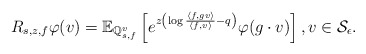
\begin{align*} R_{s,z,f} \varphi(v) = \mathbb{E}_{\mathbb{Q}_{s,f}^v} \left[ e^{ z \left( \log \frac{\langle f, g v \rangle}{\langle f, v \rangle} - q \right) } \varphi(g \cdot v) \right], v \in \mathcal{S}_\epsilon. \end{align*}